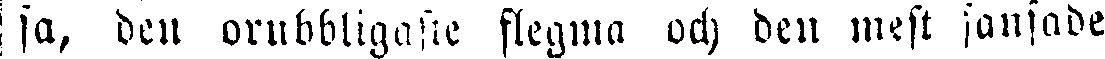
-sa, den orubbligaste flegma och den mest sansade